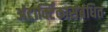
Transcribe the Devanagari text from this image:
अंटार्क्टिकासंबंधित